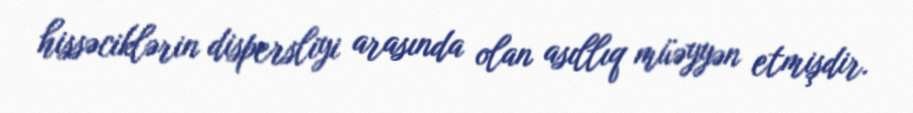
hissəciklərin dispersliyi arasında olan asıllıq müəyyən etmişdir.